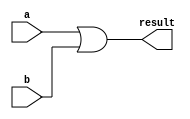
`timescale 1ns/10ps
module logical_or(input wire [31:0] a, b, output wire [31:0] result);

	assign result = a | b;

endmodule


module logical_and(input wire [31:0] a, b, output wire [31:0] result);

	assign result = a & b;

endmodule


module logical_not(input wire [31:0] a, output wire [31:0] result);

	assign result = ~a;

endmodule


module logical_negate(input wire [31:0] a, output wire [31:0] result);

	assign result = ~a + 1;

endmodule